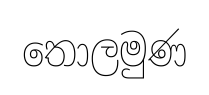
තොලමුණ